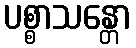
ပစ္စာသန္တော